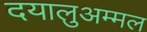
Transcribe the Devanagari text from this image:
दयालुअम्मल